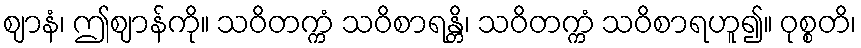
ဈာနံ၊ ဤဈာန်ကို။ သဝိတက္ကံ သဝိစာရန္တိ၊ သဝိတက္ကံ သဝိစာရဟူ၍။ ဝုစ္စတိ၊